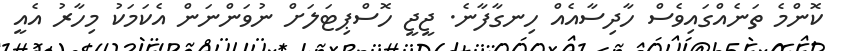
ކޮންމެ ތަނެއްގައިވެސް ހާދިސާއެއް ހިނގާފާނެ. ޖީޖީ ހޮސްޕިޓަލަށް ނުވަންނަން އެކަމަކު މިހާރު އެއީ